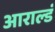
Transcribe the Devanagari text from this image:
आराल्डं